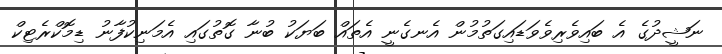
ނަޝީދުގެ އެ ބައިވެރިވެވަޑައިގަތުމުން އެނގެނީ އެތައް ބަޔަކު ބުނާ ގޮތުގައި އެމަނިކުފާނު ޑިމޮކްރެޓިކް